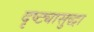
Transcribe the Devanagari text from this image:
दृष्ट्यासुद्धा